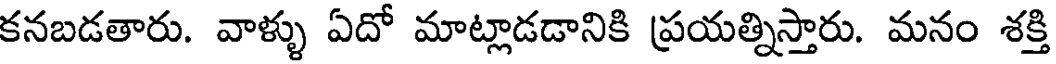
కనబడతారు. వాళ్ళు ఏదో మాట్లాడడానికి ప్రయత్నిస్తారు. మనం శక్తి